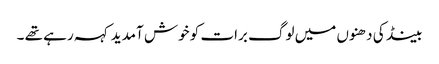
بینڈ کی دھنوں میں لوگ برات کو خوش آمدید کہہ رہے تھے ۔